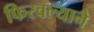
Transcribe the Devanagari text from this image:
फिरवल्याने